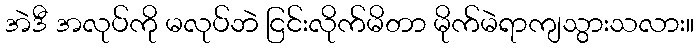
အဲဒီ အလုပ်ကို မလုပ်ဘဲ ငြင်းလိုက်မိတာ မိုက်မဲရာကျသွားသလား။